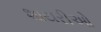
શાયરીઓ